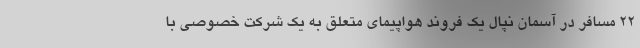
۲۲ مسافر در آسمان نپال یک فروند هواپیمای متعلق به یک شرکت خصوصی با